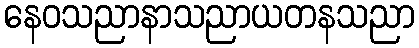
နေဝသညာနာသညာယတနသညာ